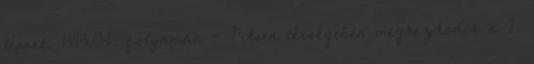
lépnek. 1945.03. folyamán - Pilsen térségében megkezdõdik a 2.